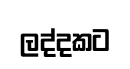
ලද්දකට